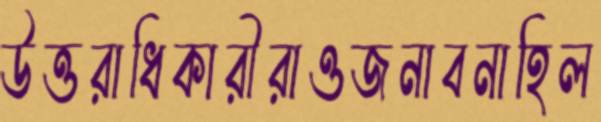
উত্তরাধিকারীরাওজনাবনাহিল